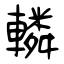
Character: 轔